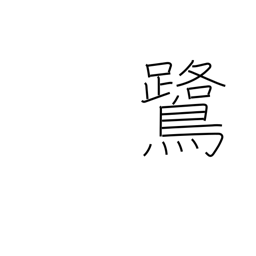
Meaning: heron